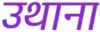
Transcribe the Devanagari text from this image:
उथाना